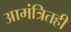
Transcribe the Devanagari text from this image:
आमंत्रितही